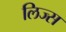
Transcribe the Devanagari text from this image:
लिज्स